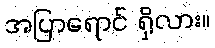
အပြာရောင် ရှိလား။